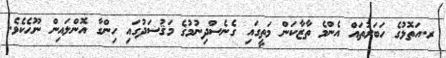
ރ.އަތޮޅުގެ ހަބަރުތައް އެންމެ ތާޒާކަން މަތީގައި ގެނެސްދިނުމުގެ މަޤުސަދުގައި ހިންގާ އޮންލައިން ނޫހެކެވެ.